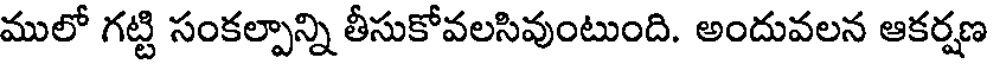
ములో గట్టి సంకల్పాన్ని తీసుకోవలసివుంటుంది. అందువలన ఆకర్షణ